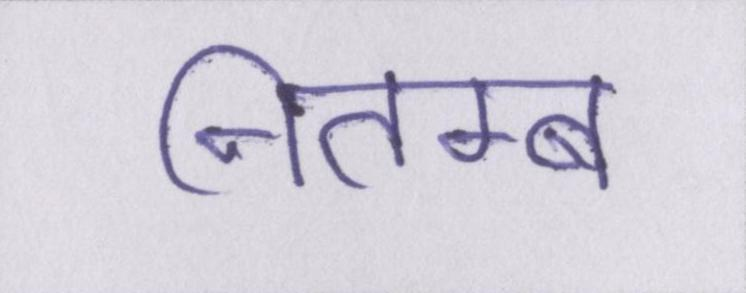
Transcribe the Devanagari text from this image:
नितम्ब